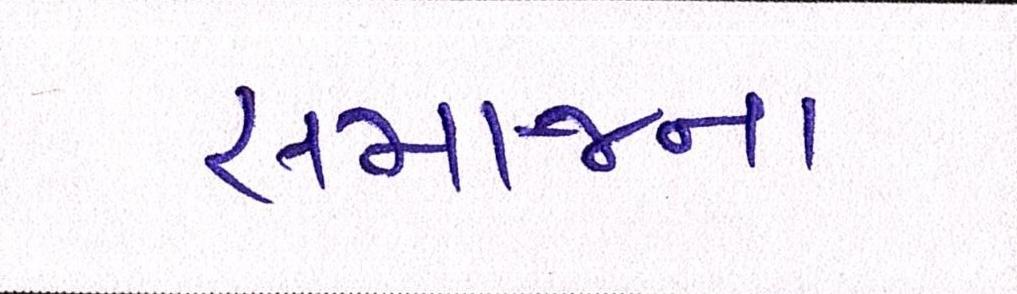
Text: સમાજના